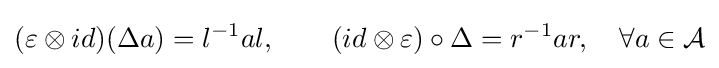
(\varepsilon \otimes id)(\Delta a)=l^{-1}al,\qquad (id\otimes \varepsilon )\circ \Delta =r^{-1}ar,\quad \forall a\in {\mathcal {A}}